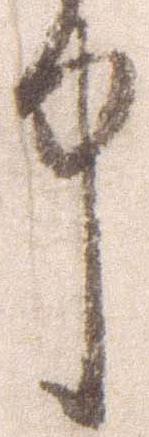
中